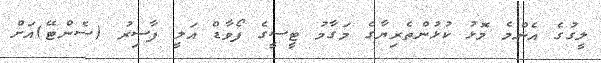
ލީގުގެ އެންމެ މޮޅު ކުޅުންތެރިޔާގެ މަގާމު ޓީސީގެ ފޯވާޑް އަލީ ފާސިރު (ސެންޓޭ)އަށް